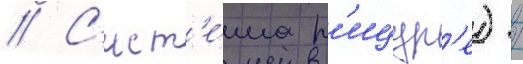
// С'ист'е́ма р'ицур'е) /